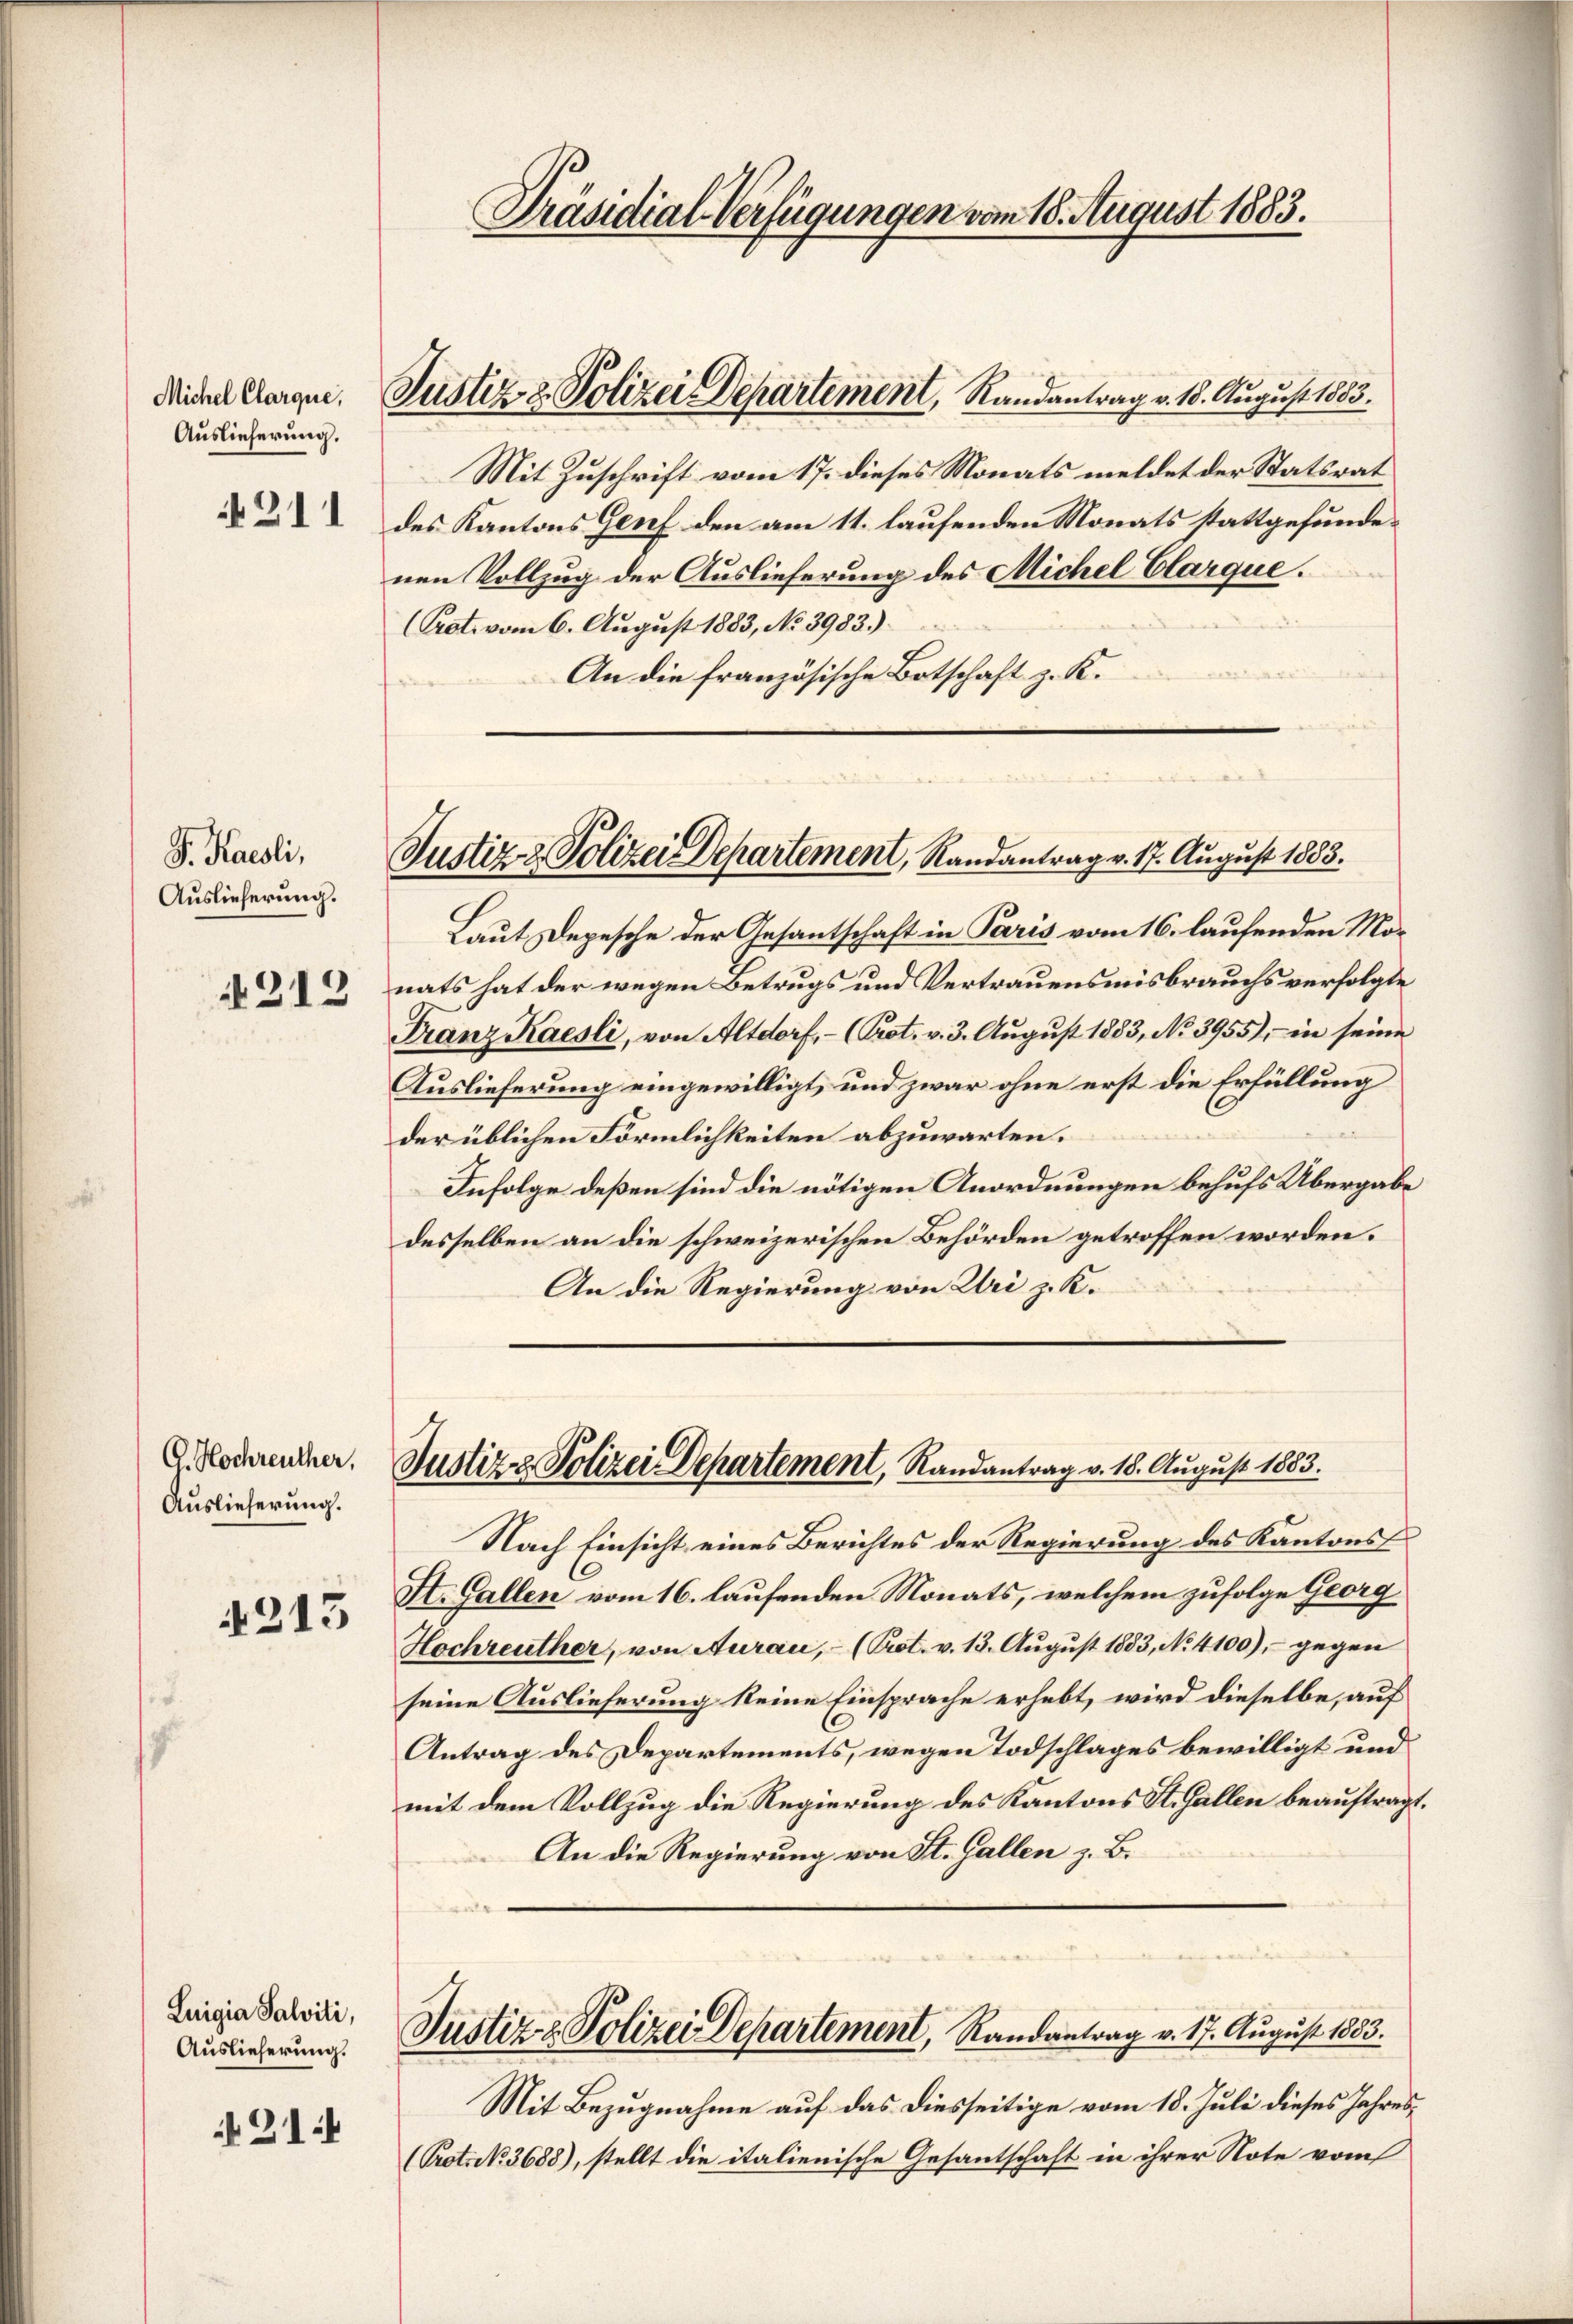
Michel Clarque,
Auslieferung.

1311

P. Karoli,
Auslieferung.

No. 313

G. Hochreuther,
Auslieferung.

4315

Luigia Salviti,
Auslieferung.

21.

Mit Zuschrift vom 17. dieses Monats meldet der Statsrat
des Kantons Genf den am 11. laufenden Monats stattgefundenen Vollzug der Auslieferung des Michel Clarque.
(Prot. vom 6. August 1883, No 3983.)
An die französische Botschaft z. K.

Präsidial-Verfügungen vom 18. August 1883.

Justiz & Polizei Departement, Randantrag v. 18. August 1883.

Justiz- & Polizei Departement, Randantrag v. 17. August 1883.

Laut Depesche der Gesantschaft in Paris vom 16. laufenden Monats hat der wegen Betrugs und Vertrauensmisbrauchs verfolgte
Franz Kaesli, von Altdorf,- (Prot. v. 3. August 1883, No 3955), in seine
Auslieferung eingewilligt, und zwar ohne erst die Erfüllung
der üblichen Förmlichkeiten abzuwarten.
Infolge deßen sind die nötigen Anordnungen behufs Übergabe
desselben an die schweizerischen Behörden getroffen worden.
An die Regierung von Uri z. K.

Justiz & Polizei Departement, Randantrag v. 18. August 1883.

Nach Einsicht eines Berichtes der Regierung des Kantons
St. Gallen vom 16. laufenden Monats, welchem zufolge Georg
Hochreuther, von Aurau, – (Prot. v. 13. August 1883, No 4100), - gegen
seine Auslieferung keine Einsprache erhebt, wird dieselbe, auf
Antrag des Departements, wegen Todschlages bewilligt und
mit dem Vollzug die Regierung des Kantons St. Gallen beauftrag¬
An die Regierung von St. Gallen z. B.
Justiz & Polizei Departement, Randantrag v. 17. August 1883.
Mit Bezugnahme auf das diesseitige vom 18. Juli dieses Jahres¬
(Prot. N. 3688), stellt die italienische Gesantschaft in ihrer Note vom